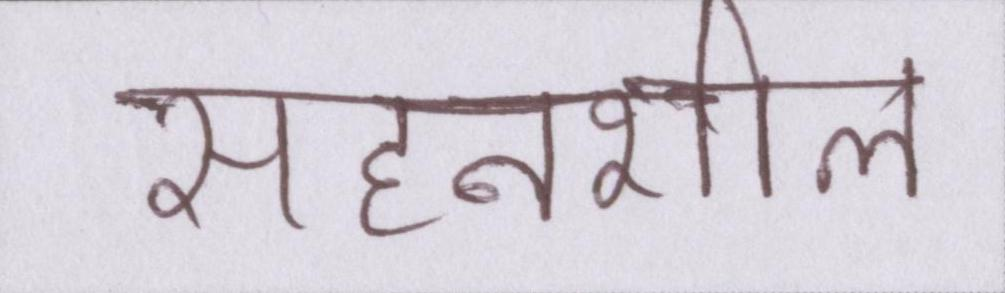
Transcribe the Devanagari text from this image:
सहनशील